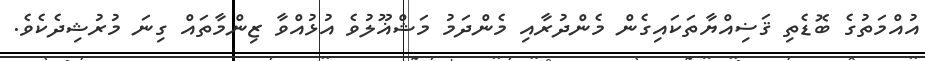
އުއްމަތުގެ ބޮޑެތި ޤަޟިއްޔާތަކައިގެން މެންދުރާއި މެންދަމު މަޝްޣޫލުވެ އުޅުއްވާ ޒިންމާތައް ގިނަ މުރުޝިދެކެވެ.